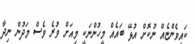
ކައިވެންޏެއް ނުކޮށް އުޅޭ ބައެއް މީހުންނަކީ މިއަށް ވުރެ ވެސް މަދުން ނިދާ